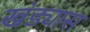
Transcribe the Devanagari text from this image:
खंड्यास